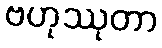
ဗဟုဿုတာ